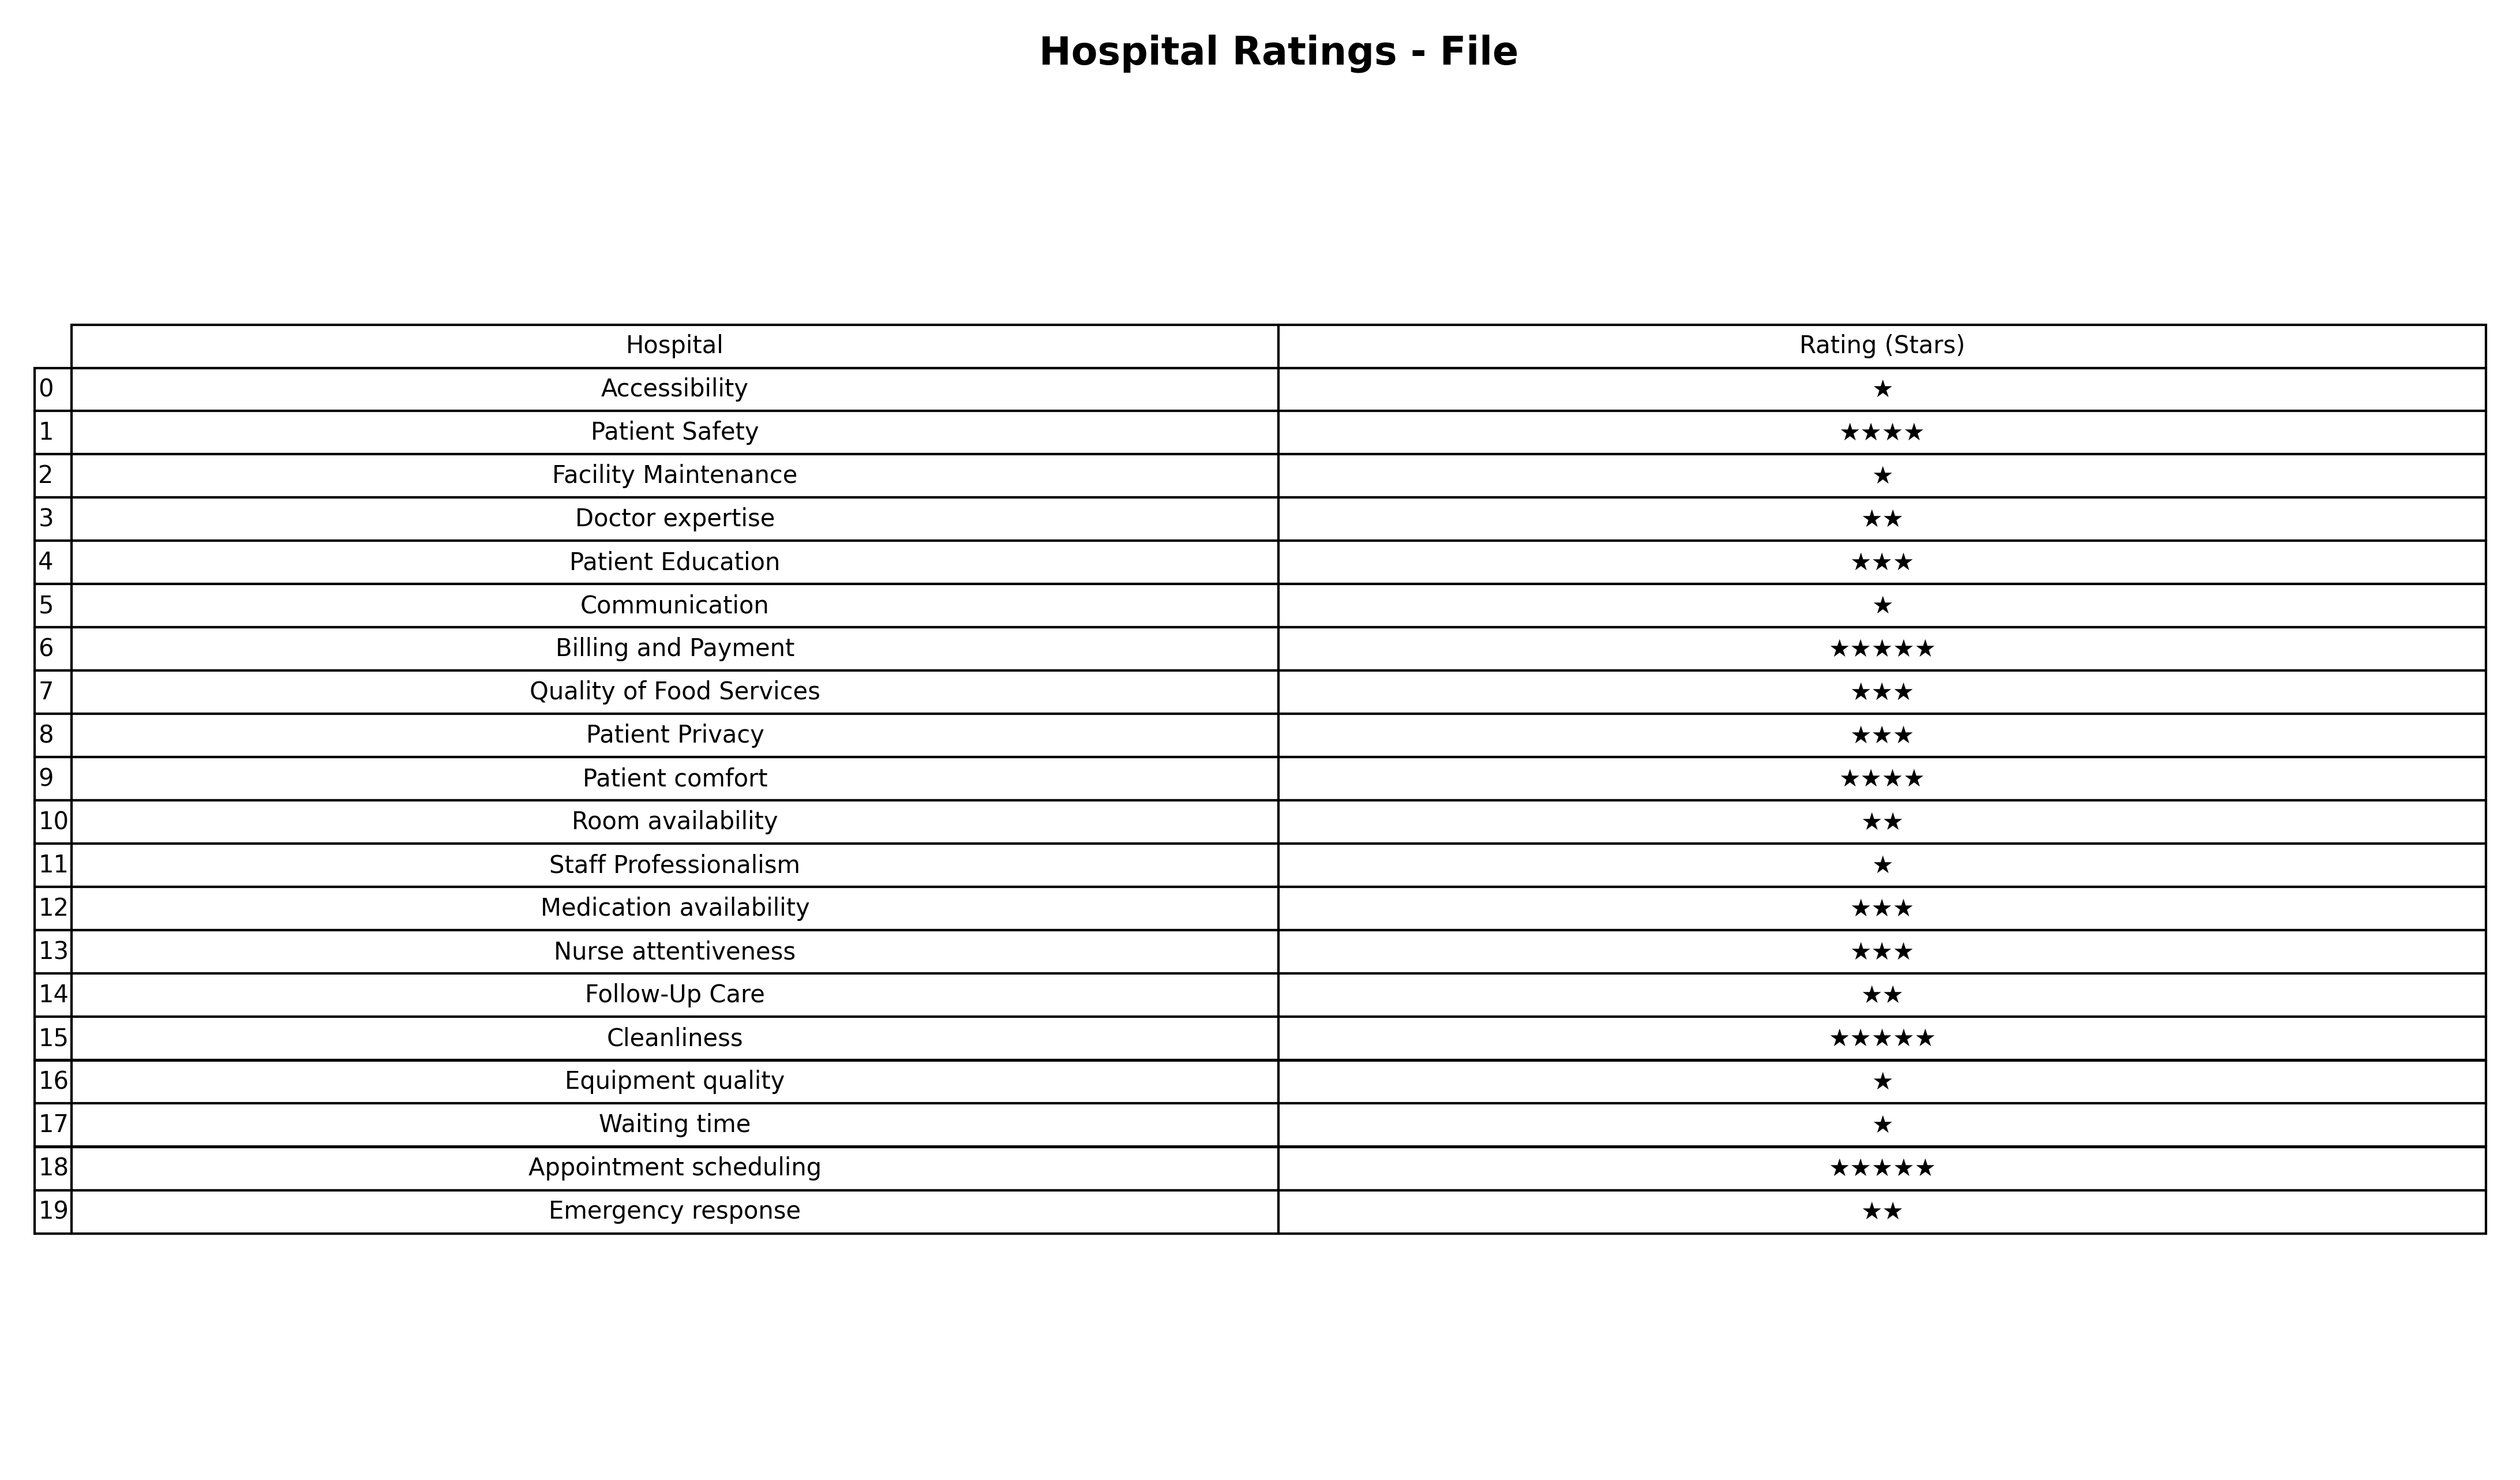
question: What are one star services?
answer: AccessibilityFacility MaintenanceCommunicationStaff ProfessionalismEquipment qualityWaiting time